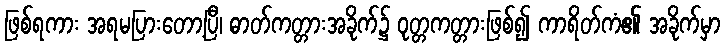
ဖြစ်ရကား အရမပြားတော့ပြီ၊ ဓာတ်ကတ္တားအခိုက်၌ ဝုတ္တကတ္တားဖြစ်၍ ကာရိတ်ကံ၏ အခိုက်မှာ